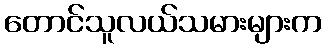
တောင်သူလယ်သမားများက